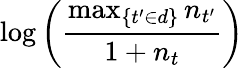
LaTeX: \log\left({\frac{\operatorname*{max}_{\{ t^{\prime}\in d\} }n_{t^{\prime}}}{1+n_{t}}}\right)